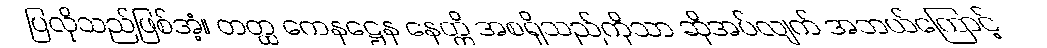
ပြလိုသည်ဖြစ်အံ့။ တတ္ထ ကေနဋ္ဌေန နေတ္တိ အစရှိသည်ကိုသာ ဆိုအပ်လျက် အဘယ်ကြောင့်